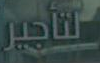
التأجير